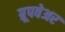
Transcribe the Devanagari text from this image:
ग्रूपवेअर